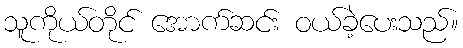
သူကိုယ်တိုင် အောက်ဆင်း ဝယ်ခဲ့ပေးသည်။